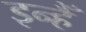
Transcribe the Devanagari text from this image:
इन्हैँ